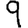
Digit: 9